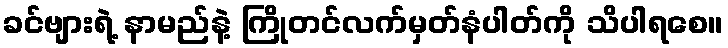
ခင်ဗျားရဲ့ နာမည်နဲ့ ကြိုတင်လက်မှတ်နံပါတ်ကို သိပါရစေ။